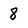
Character: 8